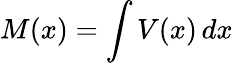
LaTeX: M(x)=\int V(x)\, dx